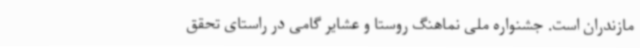
مازندران است. جشنواره ملی نماهنگ روستا و عشایر گامی در راستای تحقق